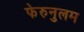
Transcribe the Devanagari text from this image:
फेरुनुलम